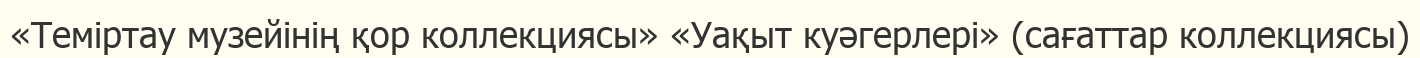
«Теміртау музейінің қор коллекциясы» «Уақыт куәгерлері» (сағаттар коллекциясы)